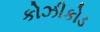
કોઝીકોડ